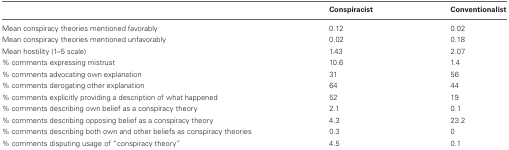
|  | Conspiracist | Conventionalist |
 | --- | --- | --- |
 | Mean conspiracy theories mentioned favorably | 0.12 | 0.02 |
 | Mean conspiracy theories mentioned unfavorably | 0.02 | 0.18 |
 | Mean hostility (1–5 scale) | 1.43 | 2.07 |
 | % comments expressing mistrust | 10.6 | 1.4 |
 | % comments advocating own explanation | 31 | 56 |
 | % comments derogating other explanation | 64 | 44 |
 | % comments explicitly providing a description of what happened | 52 | 19 |
 | % comments describing own belief as a conspiracy theory | 2.1 | 0.1 |
 | % comments describing opposing belief as a conspiracy theory | 4.3 | 23.2 |
 | % comments describing both own and other beliefs as conspiracy theories | 0.3 | 0 |
 | % comments disputing usage of “conspiracy theory” | 4.5 | 0.1 |